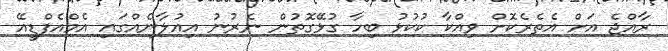
ރާއްޖެ އަށް އެތެރެކޮށް ވިއްކާ ކުކުޅު ބިހާ ގުޅޭގޮތުން ނެރުނު އިއުުލާނެއްގައި އެމްއެފްޑީއޭ